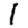
Digit: 1